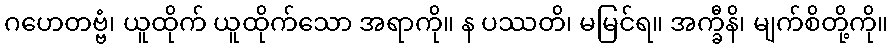
ဂဟေတဗ္ဗံ၊ ယူထိုက် ယူထိုက်သော အရာကို။ န ပဿတိ၊ မမြင်ရ။ အက္ခီနိ၊ မျက်စိတို့ကို။